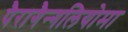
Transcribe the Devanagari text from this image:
पैरागैन्गलियोमा